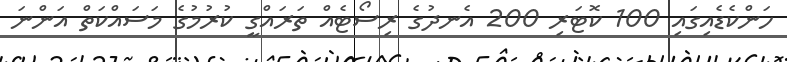
ހަންކެޑެއިގައި 100 ކޮޓަރި 200 އެނދުގެ ރިސޯޓެއް ތަރައްގީ ކުރުމުގެ މަސައްކަތް އަންނަ